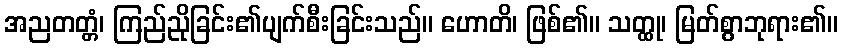
အညတတ္တံ၊ ကြည်ညိုခြင်း၏ပျက်စီးခြင်းသည်။ ဟောတိ၊ ဖြစ်၏။ သတ္ထု၊ မြတ်စွာဘုရား၏။